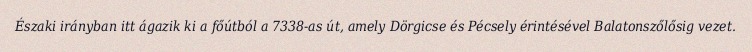
Északi irányban itt ágazik ki a főútból a 7338-as út, amely Dörgicse és Pécsely érintésével Balatonszőlősig vezet.